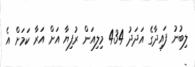
ލިބުނު ފައިދާގެ އަދަދު 434 މިލިއަން ރުފިޔާ އަށް އަރާ ކަމަށް އެ